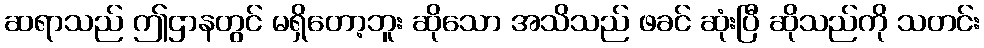
ဆရာသည် ဤဌာနတွင် မရှိတော့ဘူး ဆိုသော အသိသည် ဖခင် ဆုံးပြီ ဆိုသည်ကို သတင်း